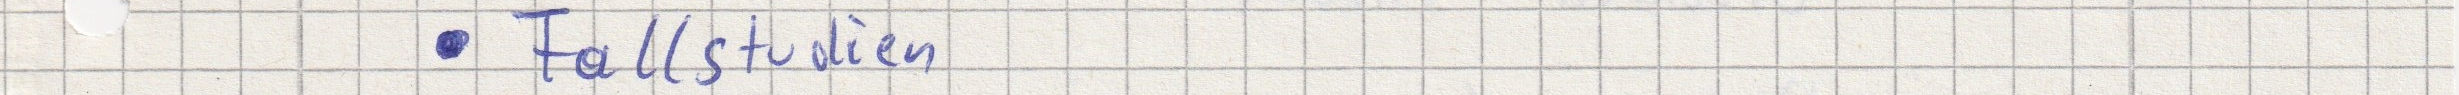
- Fallstudien